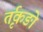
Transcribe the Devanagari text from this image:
र्तृकङो